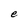
Character: e